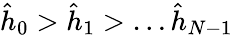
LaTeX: \hat{h}_{0}>\hat{h}_{1}>\dots\hat{h}_{N-1}